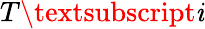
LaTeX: T\textsubscript{\mathit{i}}